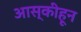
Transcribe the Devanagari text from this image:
आस्कीहून